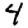
Digit: 4